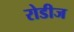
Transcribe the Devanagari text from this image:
रोडीज